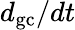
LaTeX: d_{\mathrm{gc}}/dt